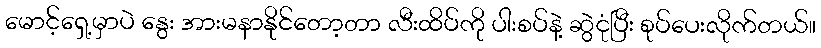
မောင့်ရှေ့မှာပဲ နွေး အားမနာနိုင်တော့တာ လီးထိပ်ကို ပါးစပ်နဲ့ ဆွဲငုံပြီး စုပ်ပေးလိုက်တယ်။